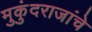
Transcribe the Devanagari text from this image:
मुकुंदराजांचे